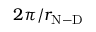
2 \pi / r _ { \mathrm { N - D } }